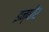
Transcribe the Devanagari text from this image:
इन्धीर